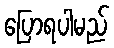
ပြောရပါမည်